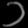
Digit: ၁